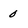
Character: 0